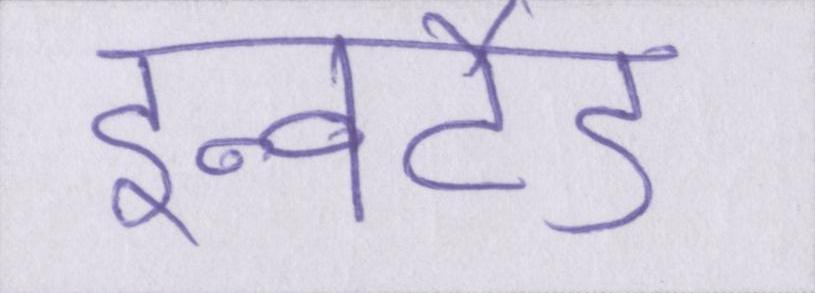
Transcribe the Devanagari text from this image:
इन्वर्टेड